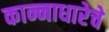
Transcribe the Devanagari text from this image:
कान्नाधारेचे